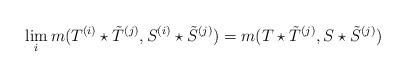
LaTeX: \begin{align*}\lim_i m(T^{(i)}\star \tilde T^{(j)},S^{(i)}\star \tilde S^{(j)})=m(T\star \tilde T^{(j)},S\star \tilde S^{(j)})\end{align*}